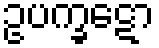
ဥပက္ခဋော